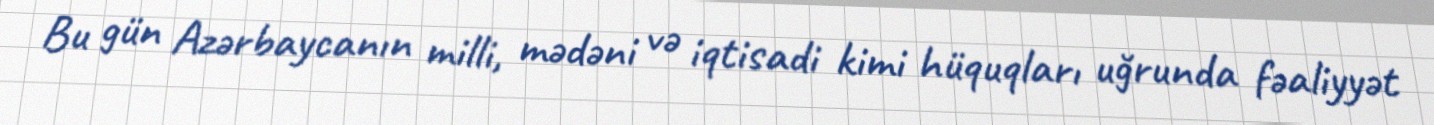
Bu gün Azərbaycanın milli, mədəni və iqtisadi kimi hüquqları uğrunda fəaliyyət